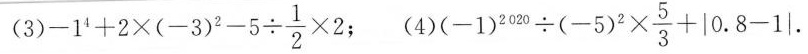
(3$$-1^{4}+2 \times(-3)^{2}-5 \div \frac{1}{2}\times 2$$; (4)$$(-1)^{2020}\div(-5)^{2}\times \frac{5}{3}+|0.8-1|$$ 。